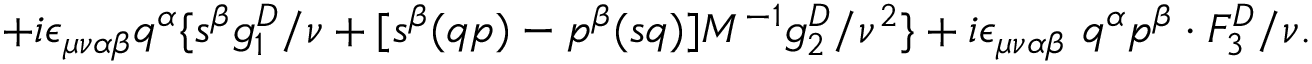
{ + i { \epsilon } _ { \mu \nu \alpha \beta } q ^ { \alpha } \{ s ^ { \beta } g _ { 1 } ^ { D } / \nu + [ s ^ { \beta } ( q p ) - p ^ { \beta } ( s q ) ] M ^ { - 1 } g _ { 2 } ^ { D } / { \nu } ^ { 2 } \} + i { \epsilon } _ { \mu \nu \alpha \beta } \ q ^ { \alpha } p ^ { \beta } \cdot F _ { 3 } ^ { D } / \nu . }